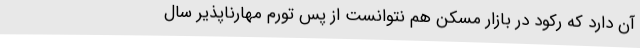
آن دارد که رکود در بازار مسکن هم نتوانست از پس تورم مهارناپذیر سال